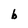
Character: b